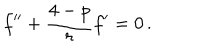
f ^ { \prime \prime } + \frac { 4 - p } { r } f ^ { \prime } = 0 \, .